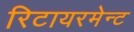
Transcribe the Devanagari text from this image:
रिटायरमेन्ट